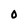
Character: 0